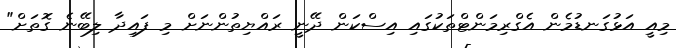
މިއީ އަޅުގަނޑުމެން އެގްރިމަންޓްތަކުގައި އިސްކަން ދޭނީ ރައްޔިތުންނަށް މި ފައިދާ ލިބޭނެ ގޮތަށް"